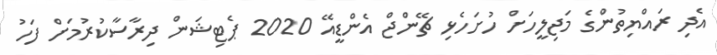
އެދި ރައްޔިތުންގެ މަޖިލީހަށް ހުށަހެޅި ޗޭންޖް އެންޑީއޭ 2020 ޕެޓިޝަން ދިރާސާކުރުމަށް ފަހު